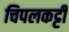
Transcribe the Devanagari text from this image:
चिपलकट्टी